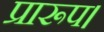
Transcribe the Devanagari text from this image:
प्रारूप।